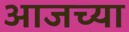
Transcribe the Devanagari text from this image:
अाजच्या